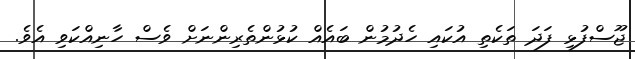
ޖޫސްފުޅި ފަދަ ތަކެތި އުކައި ހެދުމުން ބައެއް ކުޅުންތެރިންނަށް ވެސް ހާނިއްކަވި އެވެ.